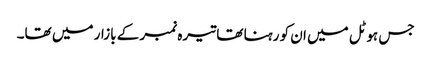
جس ہوٹل میں ان کو رہنا تھا تیرہ نمبر کے بازار میں تھا۔